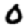
Digit: 0